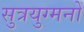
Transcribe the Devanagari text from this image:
सुत्रयुग्मनों